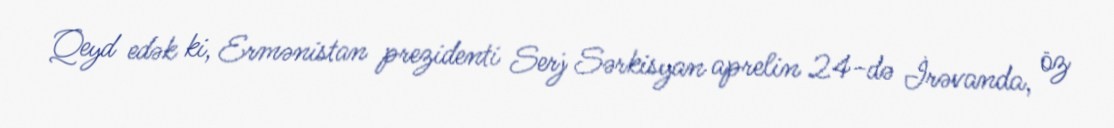
Qeyd edək ki, Ermənistan prezidenti Serj Sərkisyan aprelin 24-də İrəvanda, öz